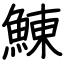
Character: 鯟